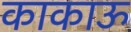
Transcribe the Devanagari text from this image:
काकाऊ